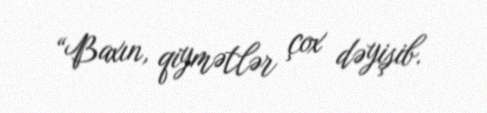
“Baxın, qiymətlər çox dəyişib.